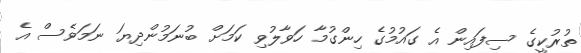
ތުރުކީގެ ސިފައިން އެ ގައުމުގެ ހިންގުމާ ހަވާލުވި ކަމަށް ބުނަމުންދިޔަ ނަމަވެސް އެ